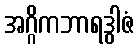
အဂ္ဂိကဘာရဒွါဇံ